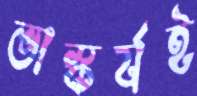
ভাস্কর্যই